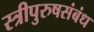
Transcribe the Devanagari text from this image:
स्त्रीपुरुषसंबंध